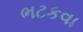
ભટકવા